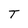
Character: T